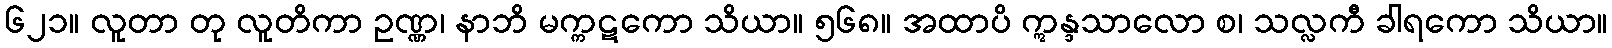
၆၂၁။ လူတာ တု လူတိကာ ဥဏ္ဏ၊ နာဘိ မက္ကဋကော သိယာ။ ၅၆၈။ အထာပိ ဣန္ဒသာလော စ၊ သလ္လကီ ခါရကော သိယာ။